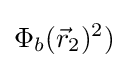
\Phi _{b}({\vec {r}}_{2})^{2})